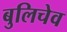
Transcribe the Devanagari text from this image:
बुलिचेव